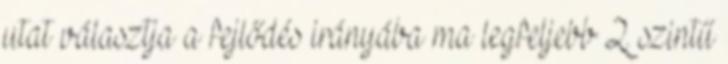
utat választja a fejlődés irányába ma legfeljebb 2. szintű